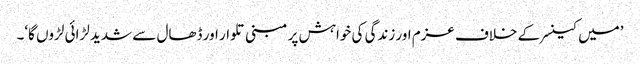
’میں کینسر کے خلاف عزم اور زندگی کی خواہش پر مبنی تلوار اور ڈھال سے شدید لڑائی لڑوں گا‘۔